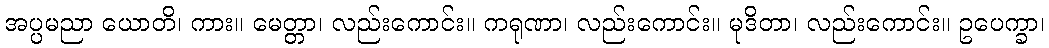
အပ္ပမညာ ယောတိ၊ ကား။ မေတ္တာ၊ လည်းကောင်း။ ကရုဏာ၊ လည်းကောင်း။ မုဒိတာ၊ လည်းကောင်း။ ဥပေက္ခာ၊